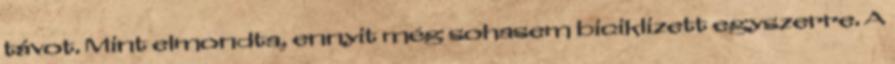
távot. Mint elmondta, ennyit még sohasem biciklizett egyszerre. A